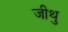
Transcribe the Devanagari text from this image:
जीथु